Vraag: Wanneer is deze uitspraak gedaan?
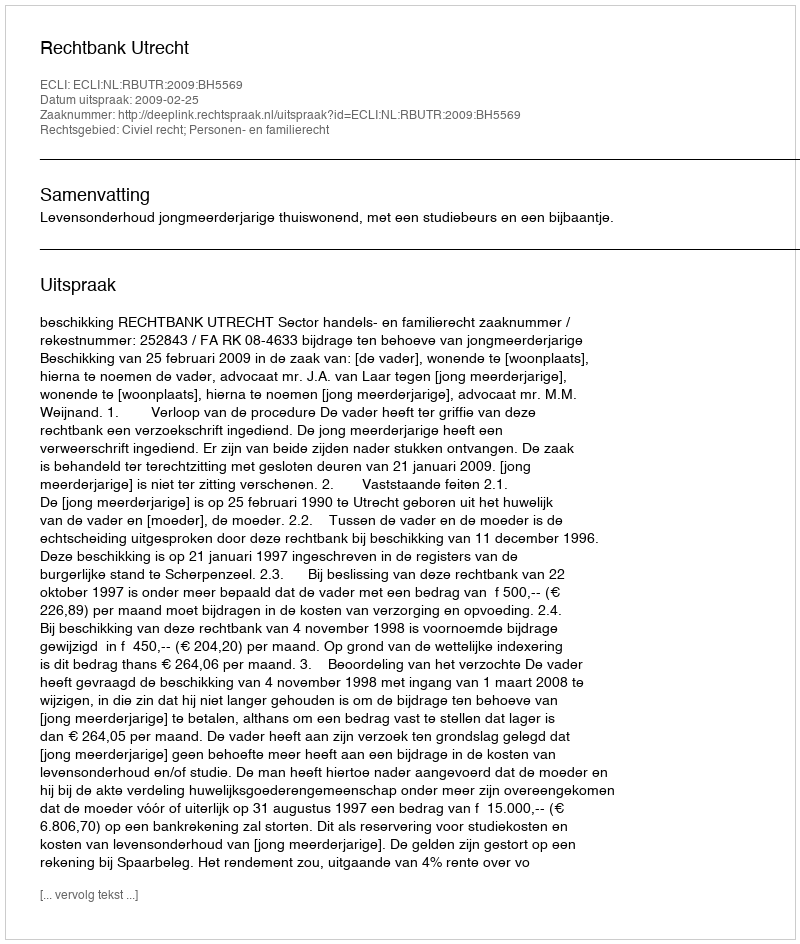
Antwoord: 2009-02-25